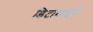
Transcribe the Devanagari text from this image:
डिटामाईन